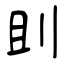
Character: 刞